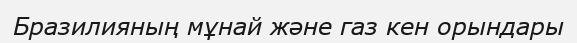
Бразилияның мұнай және газ кен орындары